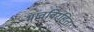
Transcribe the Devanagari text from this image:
भावविरहित